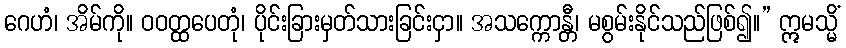
ဂေဟံ၊ အိမ်ကို။ ဝဝတ္ထပေတုံ၊ ပိုင်းခြားမှတ်သားခြင်းငှာ။ အသက္ကောန္တီ၊ မစွမ်းနိုင်သည်ဖြစ်၍။” ဣမသ္မိံ